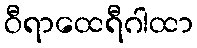
ဝီရာထေရီဂါထာ